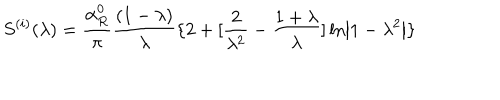
LaTeX: S ^ { ( i ) } ( \lambda ) = \frac { \alpha _ { R } ^ { 0 } } \pi \frac { ( 1 - \lambda ) } \lambda \{ 2 + [ \frac 2 { \lambda ^ { 2 } } - \frac { 1 + \lambda } \lambda ] \ln \left| 1 - \lambda ^ { 2 } \right| \}